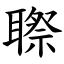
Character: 䏅